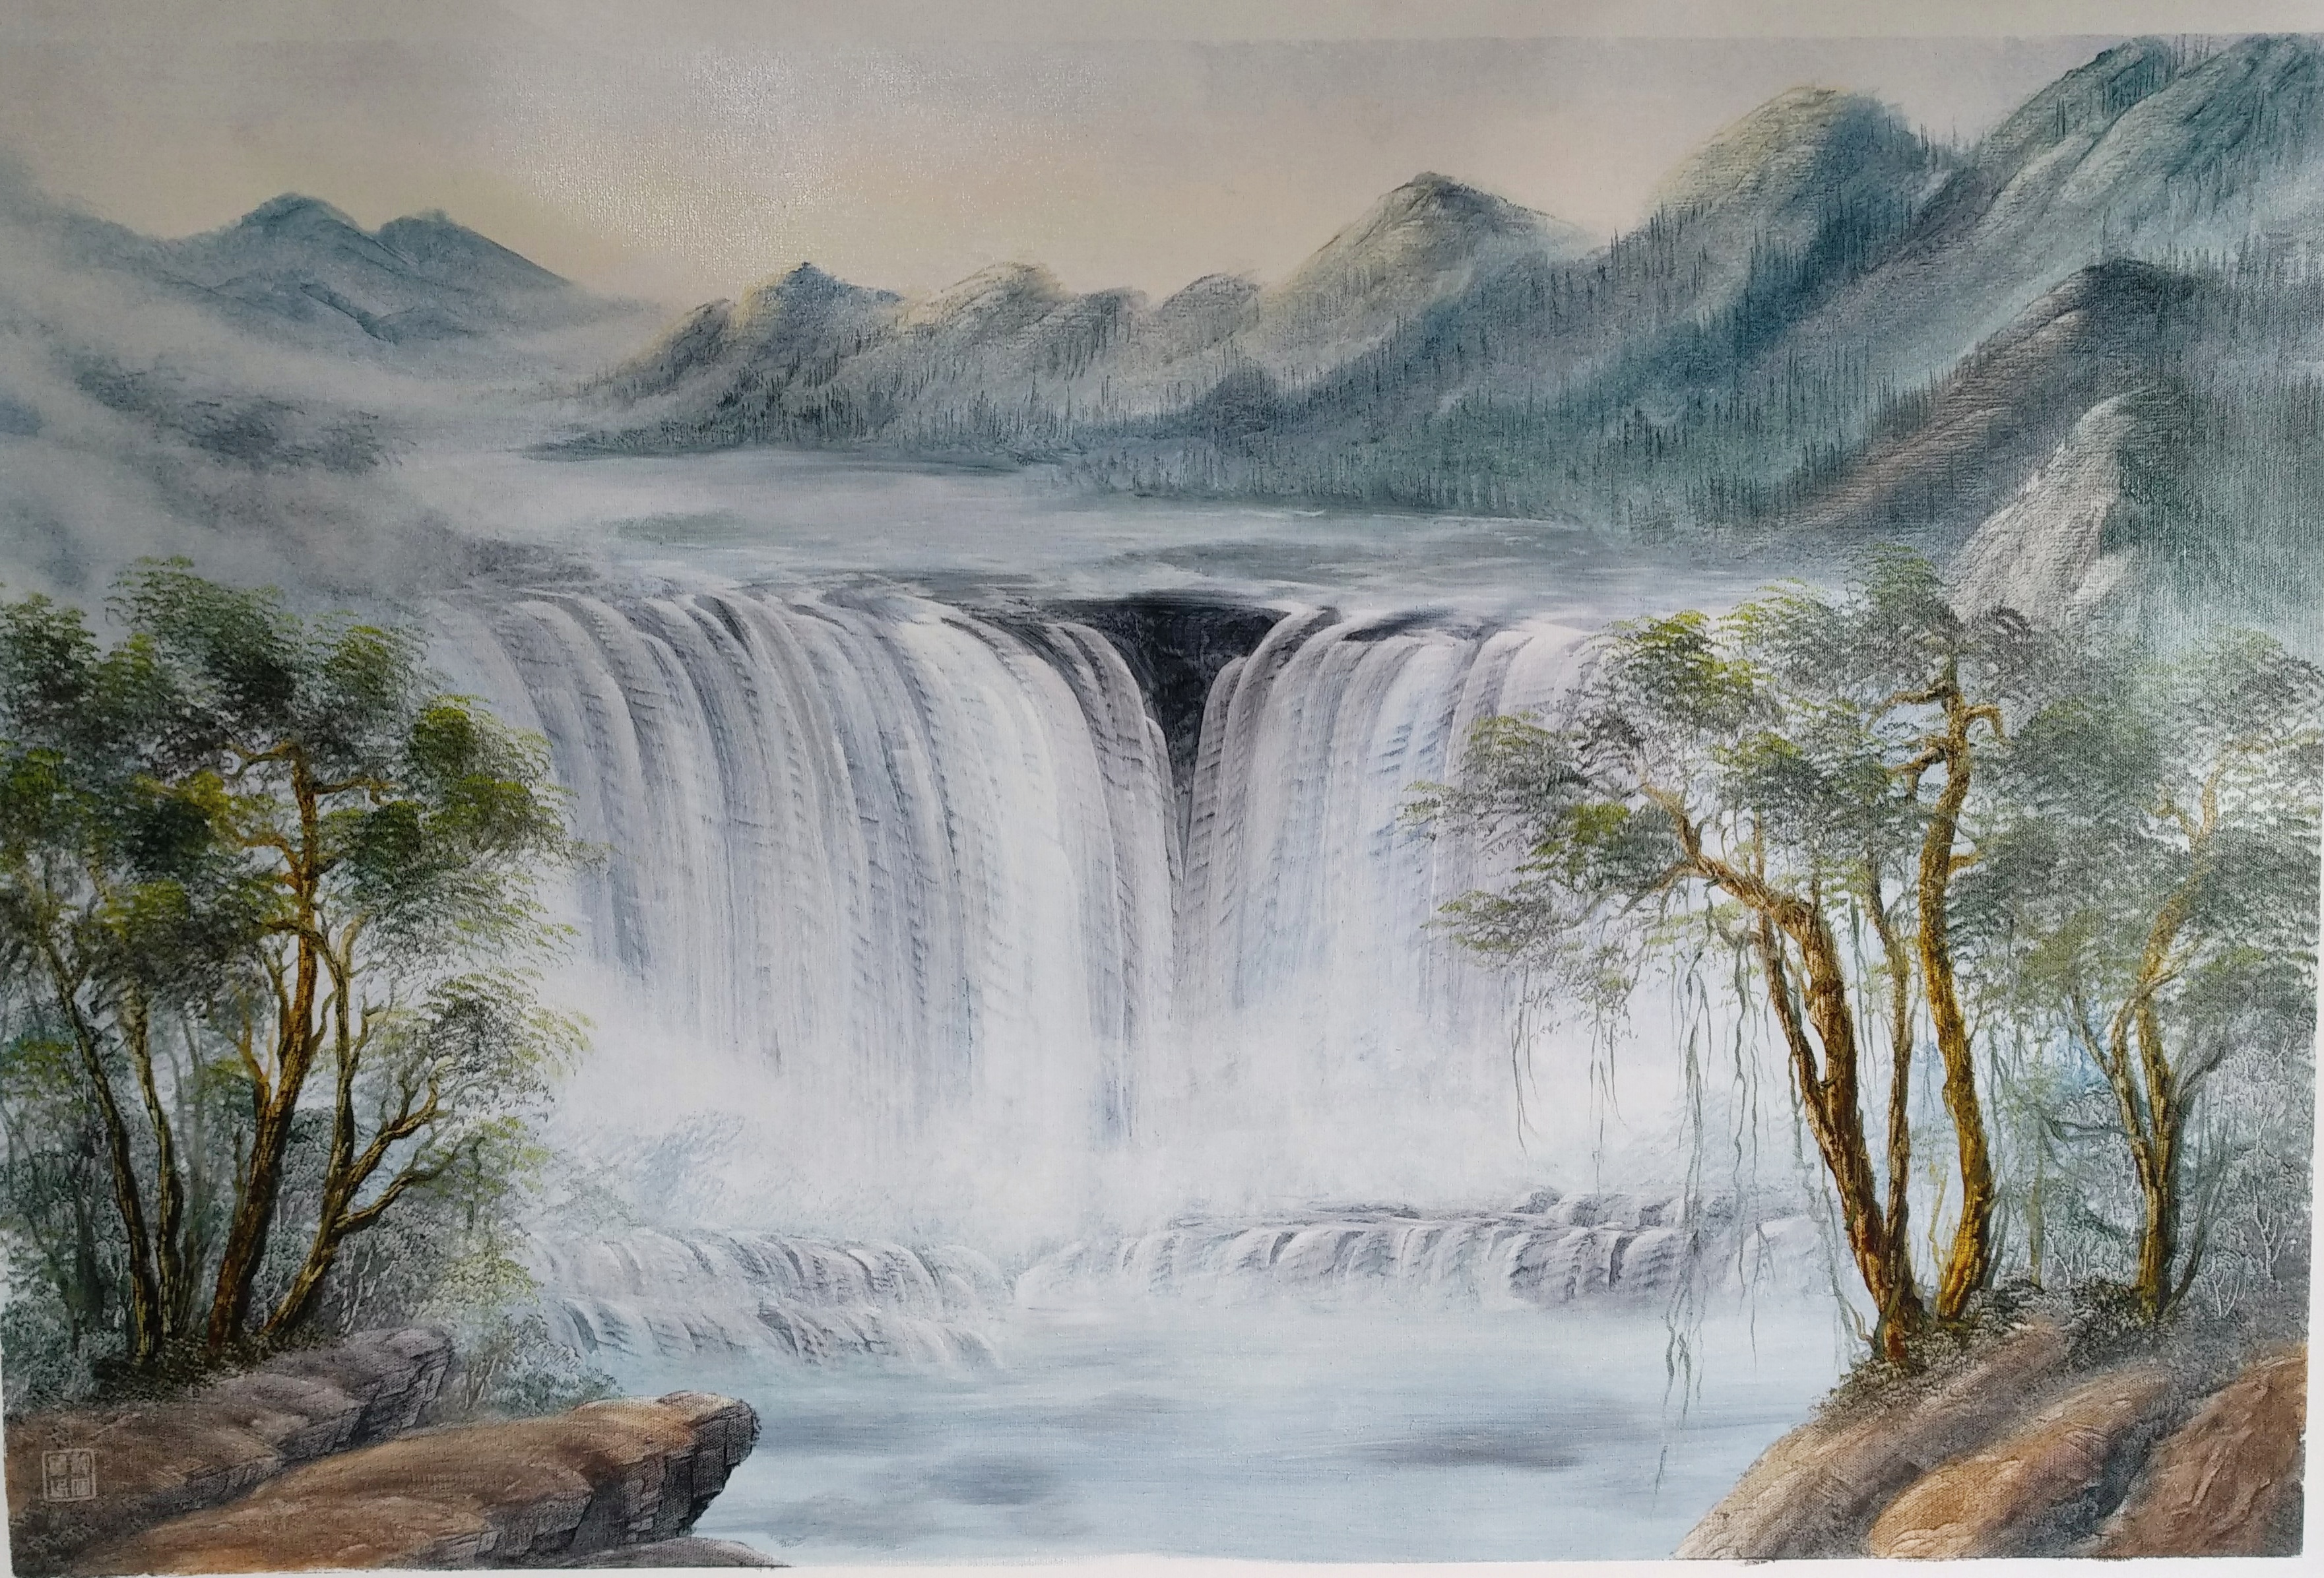
雪雰雰而薄木兮，云霏霏而陨集。